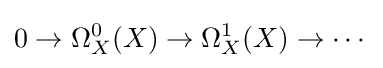
0\to \Omega _{X}^{0}(X)\to \Omega _{X}^{1}(X)\to \cdots